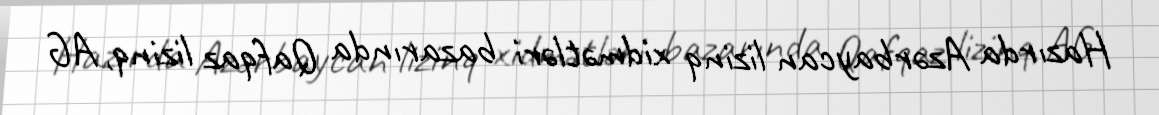
Hazırda Azərbaycan lizinq xidmətləri bazarında Qafqaz lizinq, AG